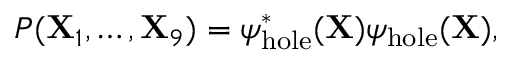
P ( { \bf X } _ { 1 } , \ldots , { \bf X } _ { 9 } ) = \psi _ { \mathrm { h o l e } } ^ { * } ( { \bf X } ) \psi _ { \mathrm { h o l e } } ( { \bf X } ) ,